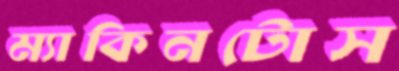
ম্যাকিনটোস